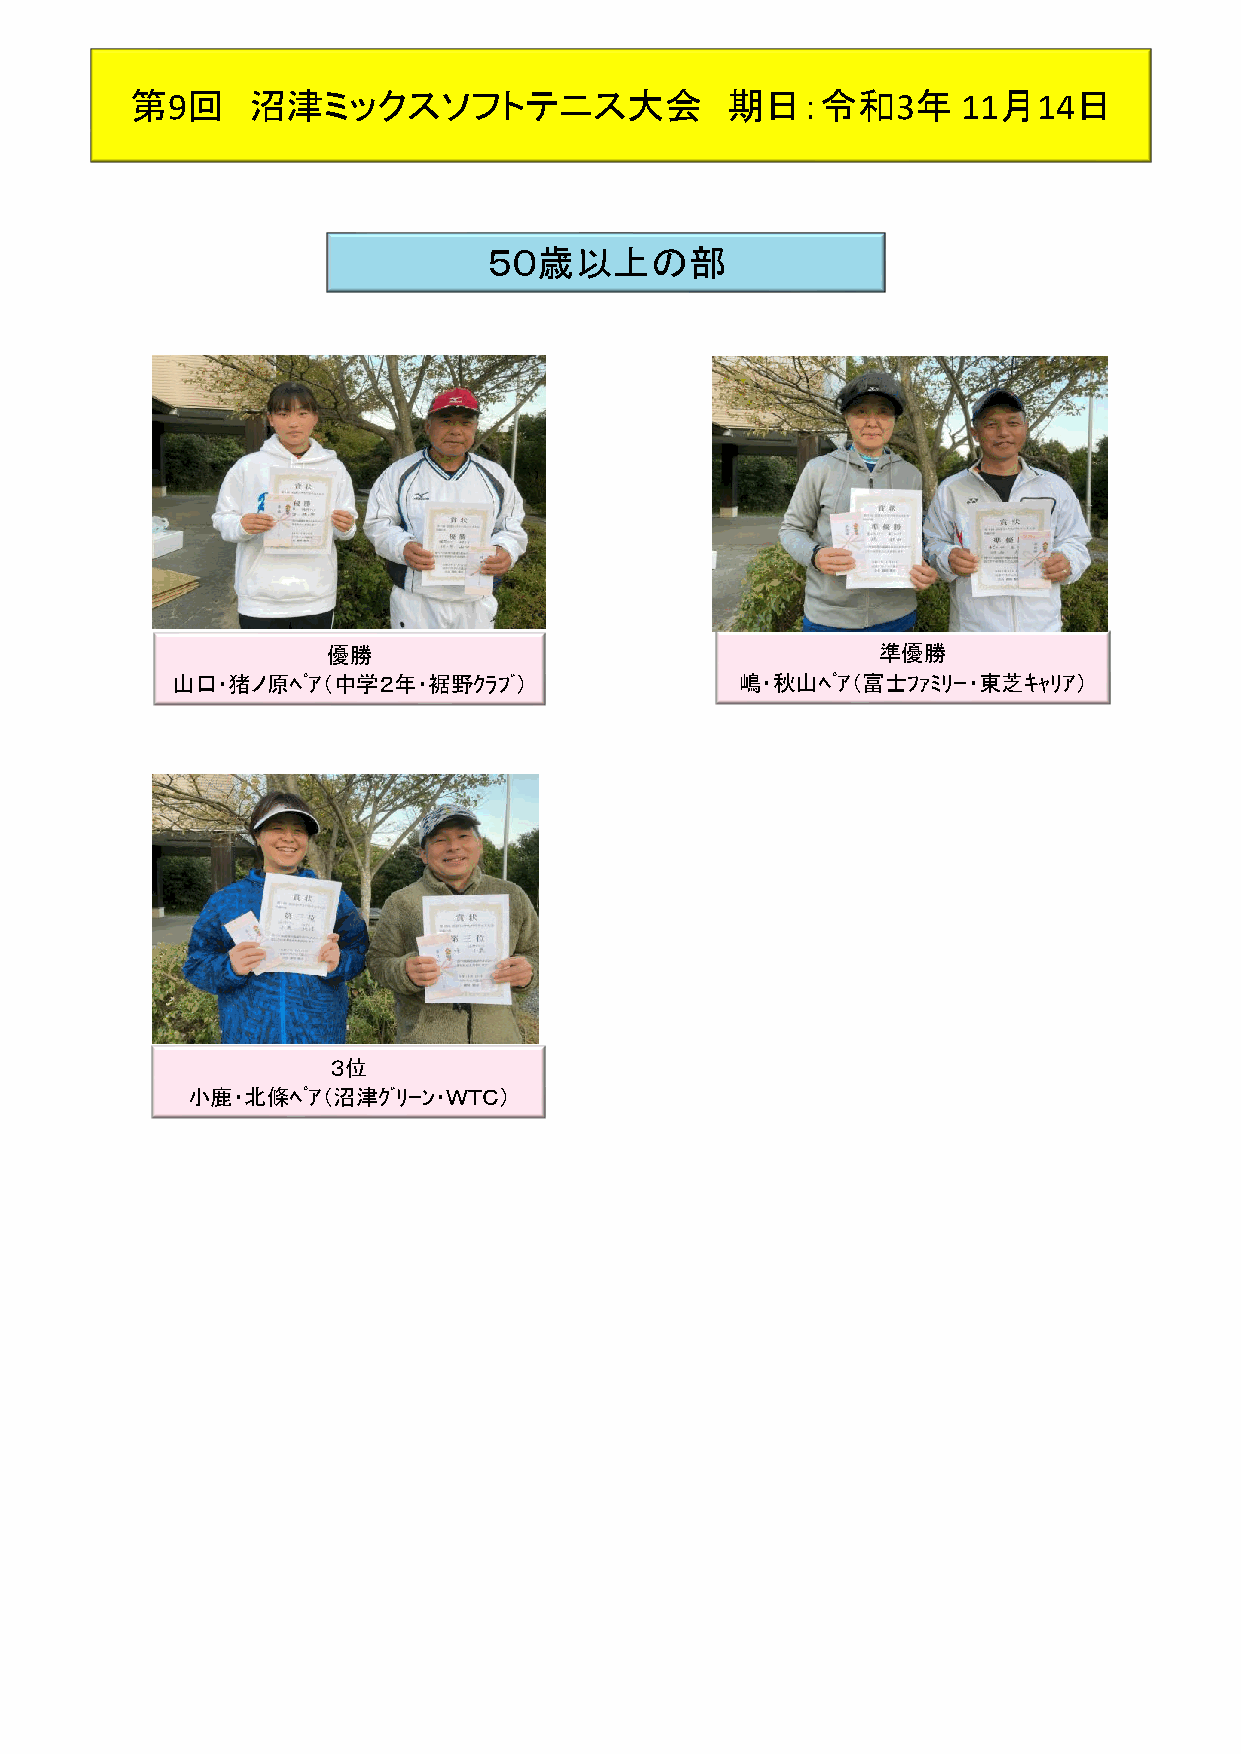
第9回    沼津ミックスソフトテニス大会                  期日：令和3年         11月14日
 ５０歳以上の部
 優勝                                  準優勝
 山口・猪ノ原ﾍﾟｱ（中学２年・裾野ｸﾗﾌﾞ）                嶋・秋山ﾍﾟｱ（富士ﾌｧﾐﾘｰ・東芝ｷｬﾘｱ）
 ３位
 小鹿・北條ﾍﾟｱ（沼津ｸﾞﾘｰﾝ・ＷＴＣ）